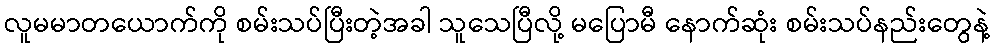
လူမမာတယောက်ကို စမ်းသပ်ပြီးတဲ့အခါ သူသေပြီလို့ မပြောမီ နောက်ဆုံး စမ်းသပ်နည်းတွေနဲ့